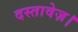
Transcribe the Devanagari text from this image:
दस्तावेज़।